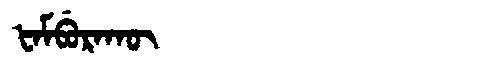
Manchu: ᡶᠠᠮᠪᡠᡵᠠᡴᡡ
Romanization: FAMBURAKŪ